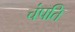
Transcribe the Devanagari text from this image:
चंपति